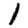
Digit: 1